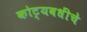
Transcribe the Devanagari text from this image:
कोट्यवधींचे